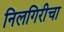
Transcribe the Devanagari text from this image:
निलगिरीचा